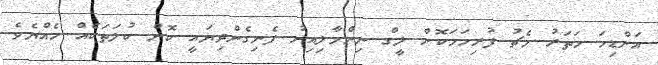
އަށްޑިހަ ހަތަރު މެޗު ފުރިހަމަކޮށް ލީގް ނިންމާލިއިރު ފެނިގެންދިޔައީ ކޮން ކުލަތަކެއް ހެއްޔެވެ